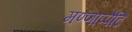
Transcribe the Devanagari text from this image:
मण्णाप्पेटि